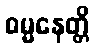
ဓမ္မနေတ္တိ